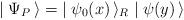
LaTeX: \begin{align*}\mid \Psi_P\, \rangle = \; \mid \psi_0(x) \, \rangle_R \mid \psi(y) \, \rangle \end{align*}